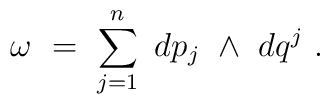
\omega \ = \ \sum_{j=1}^n \ dp_j \ \wedge \ dq^j \ .